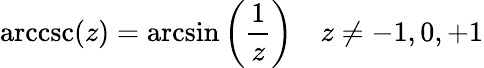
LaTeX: \operatorname{arccsc}(z)=\arcsin\left({\frac{1}{z}}\right)\quad z\neq-1,0,+1